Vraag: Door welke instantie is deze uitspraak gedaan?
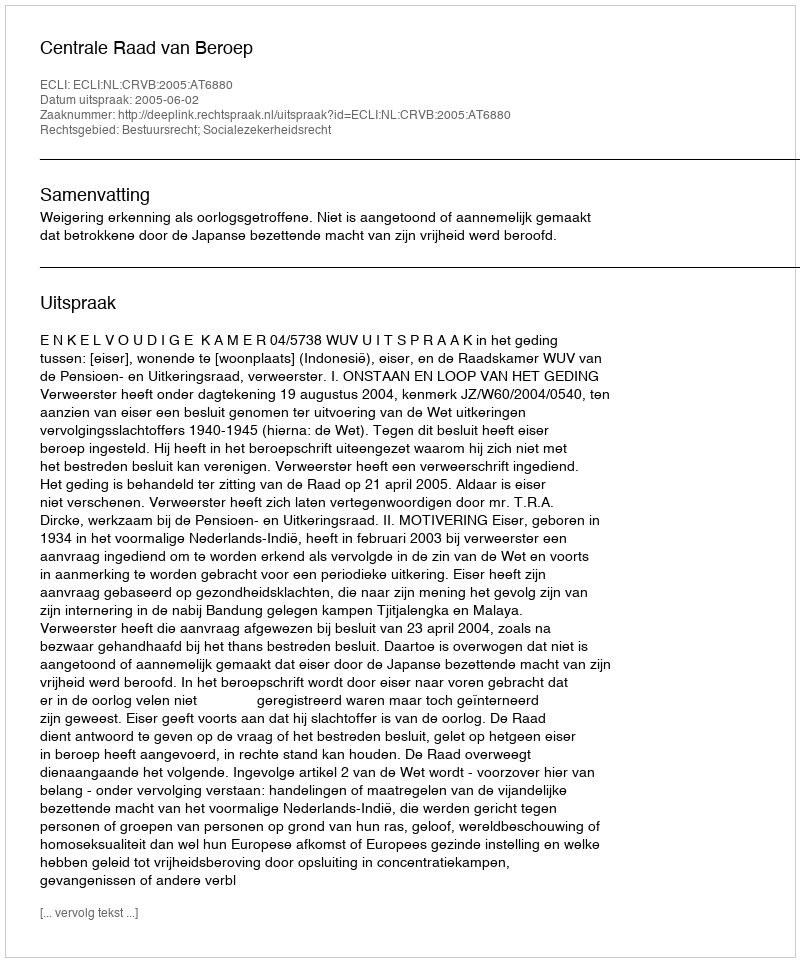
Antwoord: Centrale Raad van Beroep